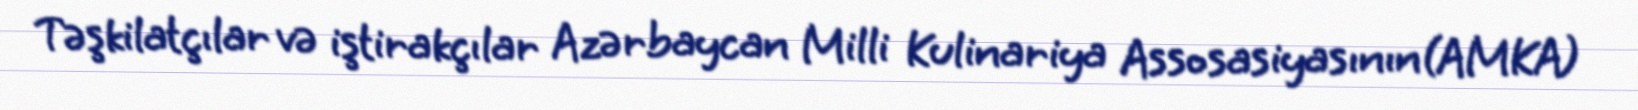
Təşkilatçılar və iştirakçılar Azərbaycan Milli Kulinariya Assosasiyasının(AMKA)